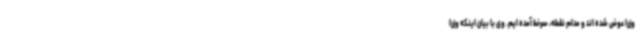
وزرا عوض شده اند و مدام نقطه، سرخط آمده ایم. وی با بیان اینکه وزرا